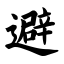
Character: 避